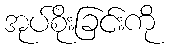
အုပ်စိုးခြင်းကို